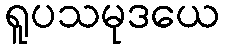
ရူပသမုဒယေ